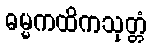
ဓမ္မကထိကသုတ္တံ